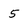
Character: 5